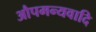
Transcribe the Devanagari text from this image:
औपमन्यवादि